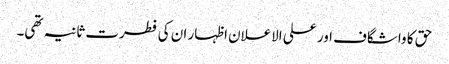
حق کا واشگاف اور علی الاعلان اظہار ان کی فطرت ثانیہ تھی۔